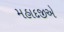
મહાદજીએ